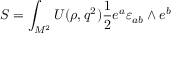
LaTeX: S = \int _ { M ^ { 2 } } ^ { } U ( \rho , q ^ { 2 } ) { \frac { 1 } { 2 } } e ^ { a } \varepsilon _ { a b } \wedge e ^ { b }